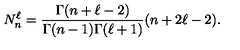
N _ { n } ^ { \ell } = \frac { \Gamma ( n + \ell - 2 ) } { \Gamma ( n - 1 ) \Gamma ( \ell + 1 ) } ( n + 2 \ell - 2 ) .